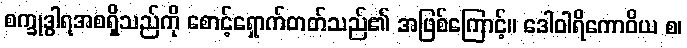
စက္ခုဒွါရအစရှိသည်ကို စောင့်ရှောက်တတ်သည်၏ အဖြစ်ကြောင့်။ ဒေါဝါရိကောဝိယ စ၊